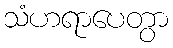
သံဟရာပေတွာ